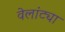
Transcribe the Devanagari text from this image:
वेलांट्या